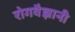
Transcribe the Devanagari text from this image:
रोगवैज्ञानी